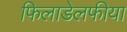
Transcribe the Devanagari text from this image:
फिलाडेलफीया